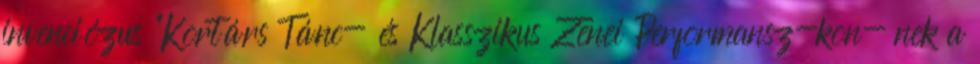
invenciózus "Kortárs Tánc- és Klasszikus Zenei Performansz-kon- nek a